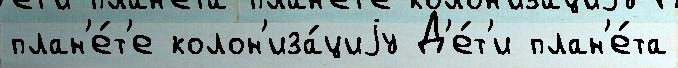
план'е́т'е колон'иза́циjу Д'е́т'и план'е́та